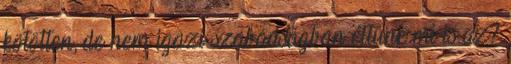
kötötten, de nem igazi szabadságban éltünk mi is az?